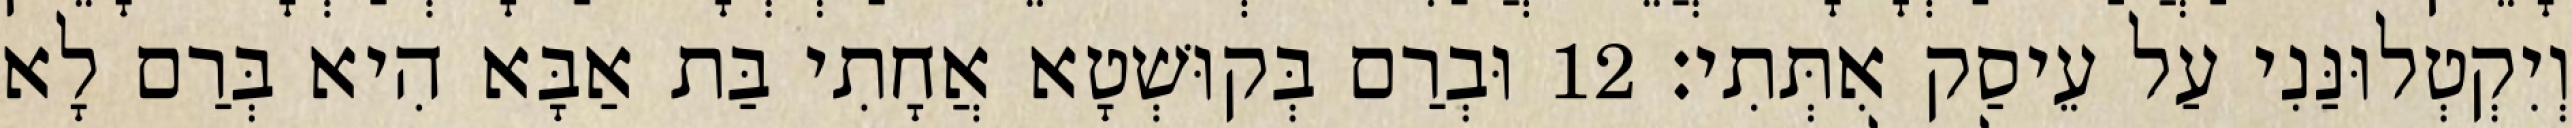
וְיִקְטְלוּנַּנִי עַל עֵיסַק אִתְּתִי׃ 12 וּבְרַם בְּקוּשְׁטָא אֲחָתִי בַּת אַבָּא הִיא בְּרַם לָא